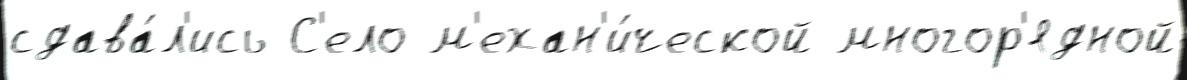
сдава́л'ись С'ело м'ехан'и́ческой многор'ядной